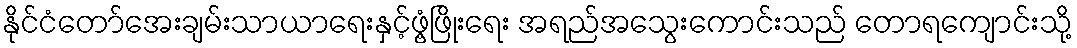
နိုင်ငံတော်အေးချမ်းသာယာရေးနှင့်ဖွံ့ဖြိုးရေး အရည်အသွေးကောင်းသည် တောရကျောင်းသို့